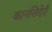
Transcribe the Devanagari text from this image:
कानसिदेराँ